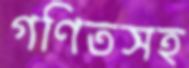
গণিতসহ